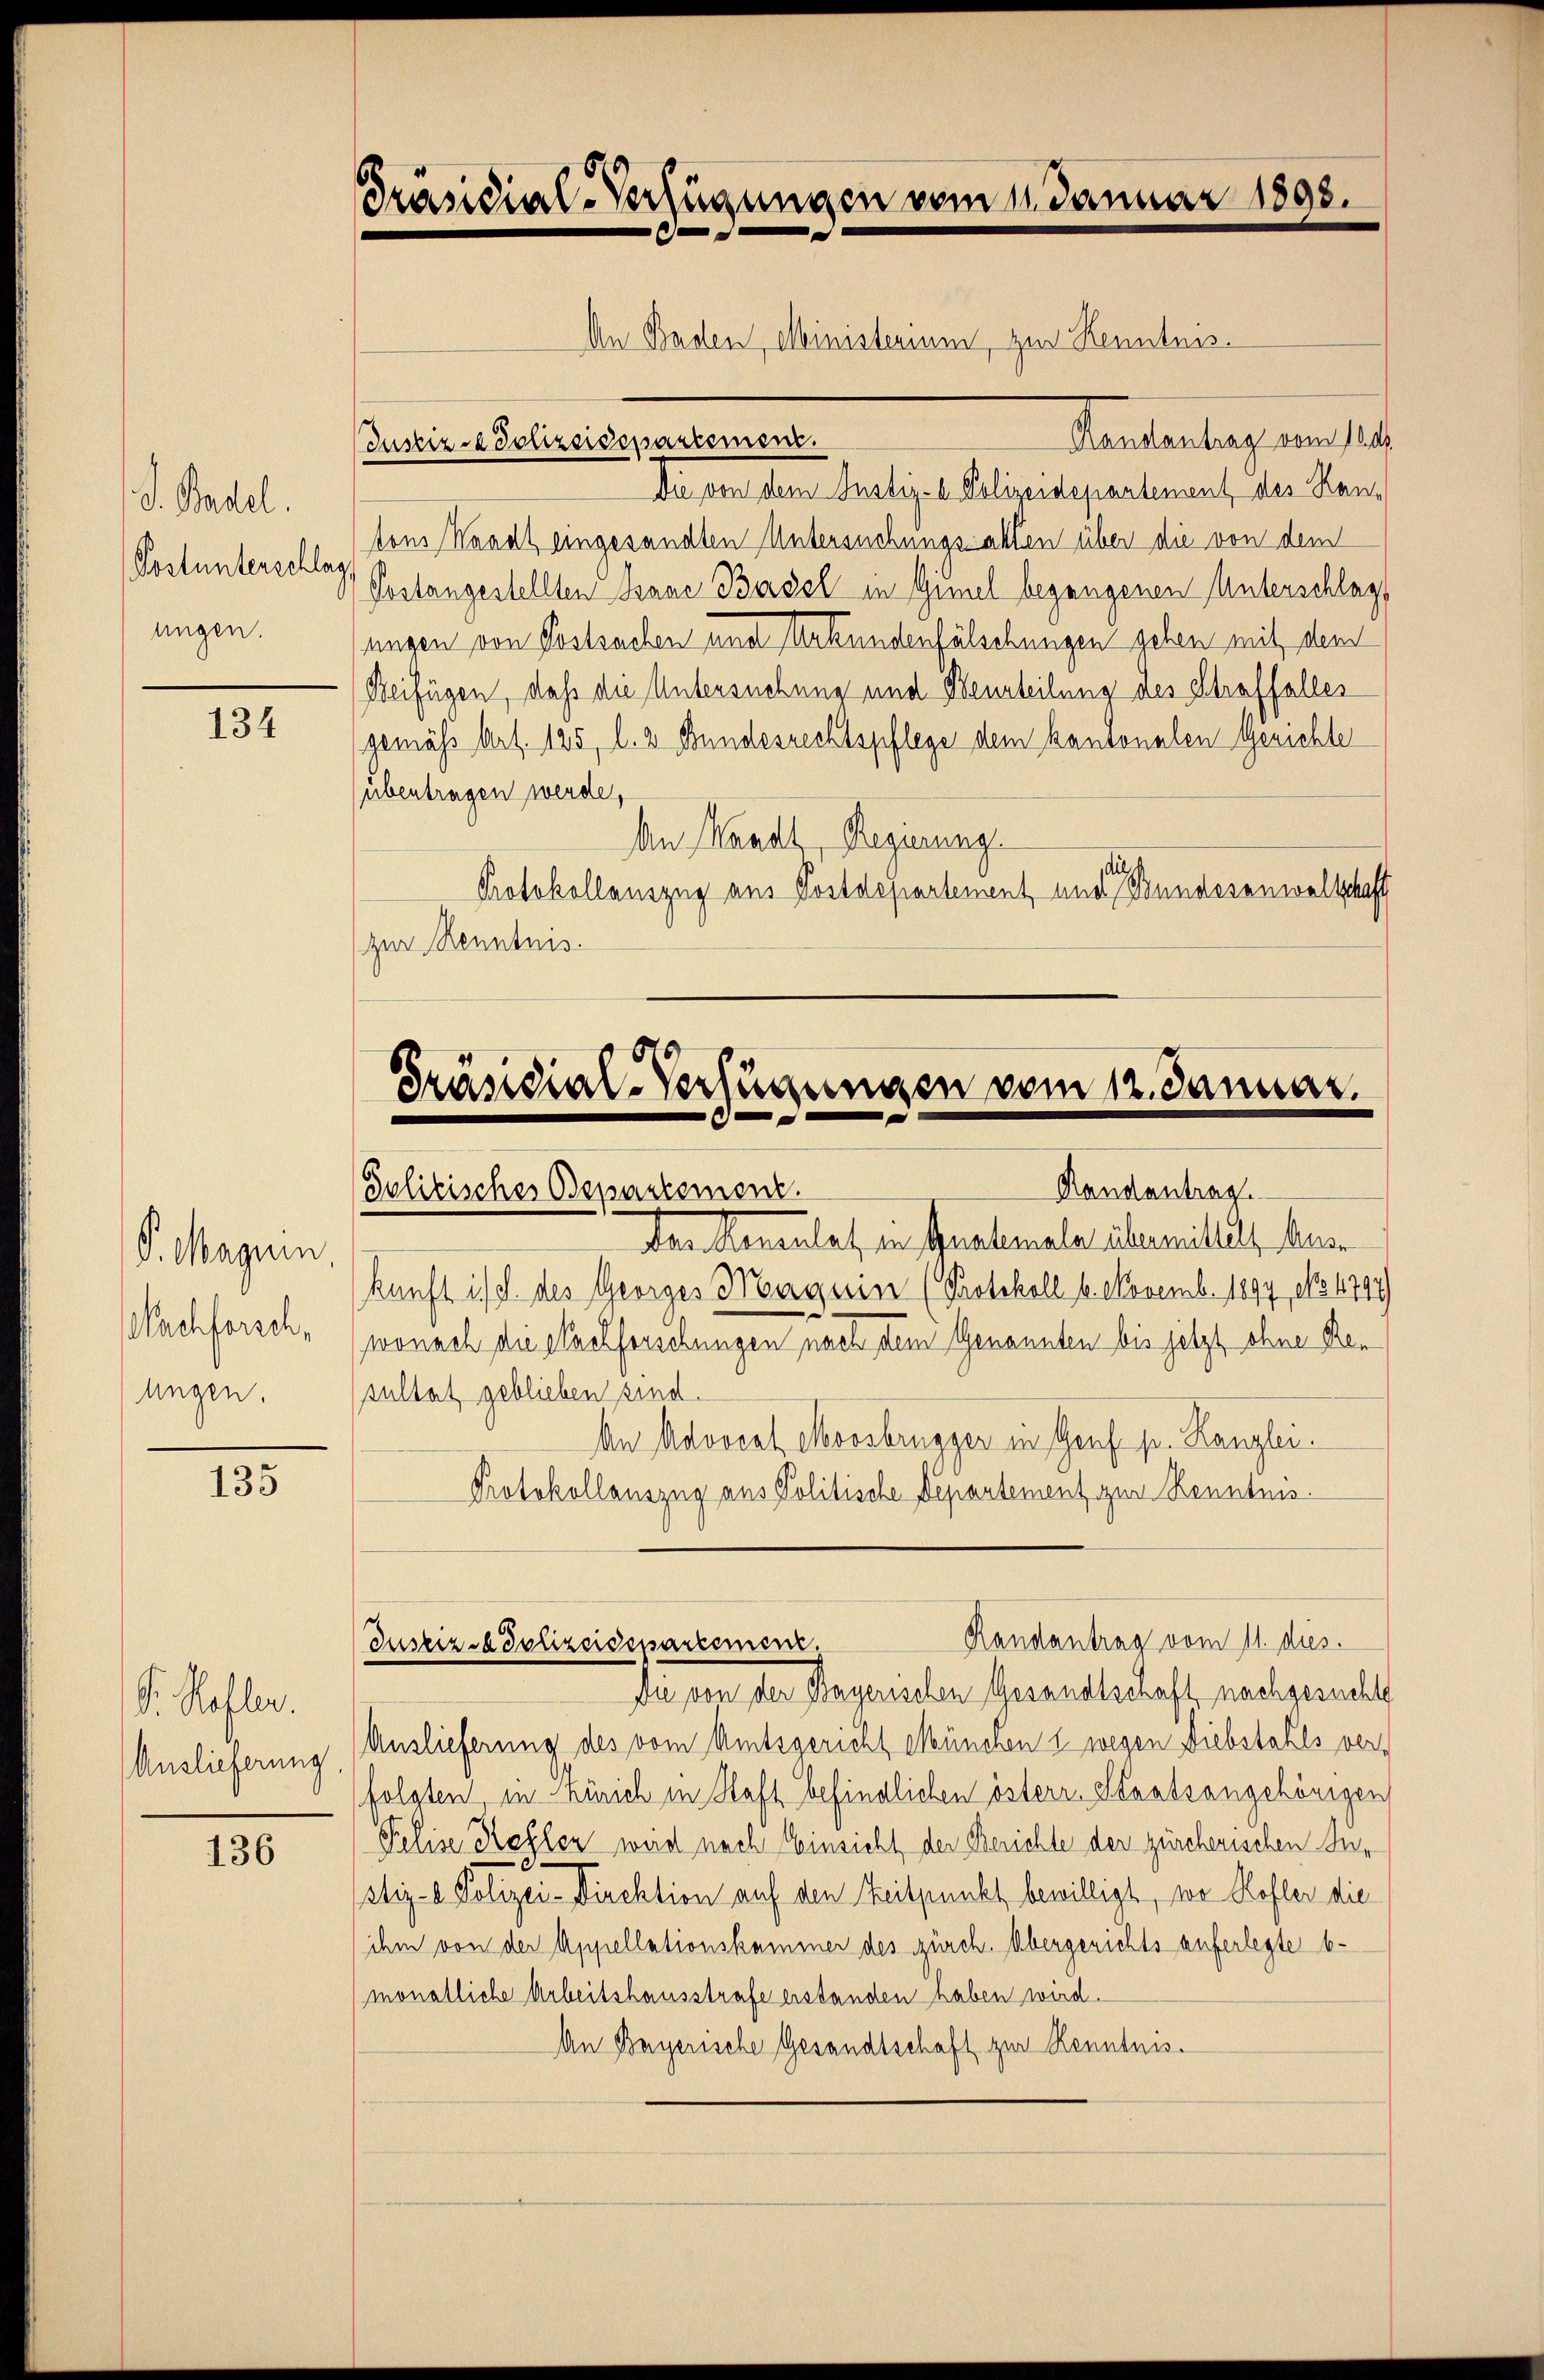
S. Basel.
Postunterschlag
ungen.

134

S. Magnin
Nachforschlingen.

135

S. Hofler.
Auslieferung

136

Präsidial-Verfügungen vom 11. Januar 1898.
An Baden, Ministerium, zur Kenntnis.

Mandantrag vom 120.
Die von dem Justiz- & Polizeidepartement, des Kantons Waadt eingesandten Untersuchungsakten über die von dem
Postangestellten Baue Basel in Gimel begangenen Unterschlags
ungen von Postsachen und Urkundenfälschungen gehen mit dem
Beifügen, daß die Untersuchung und Beurteilung des Straffaller
gemäß Art. 125, l. z. Bundesrechtspflege dem kantonalen Gerichte
übertragen werde,
An Wandl, Regierung
Protokollauszug aus Postdepartement, und Bundesanwaltschaft
zur Kenntnis.

Justiz- & Polizeidepartement.

Präsidial-Verfügungen vom 12. Januar.
Handantrag
Politisches Departement.

Den Manenlat in Guntermaler übermittels heute
kunft ist d. des Georges Margerin (Protokoll 6. Novemb. 1897, No 4794
wonach die Nachforschungen nach dem Genannten bis jetzt ohne Ren
An Advocat Moosbrügger in Genf p. Kanzlei.
Protokollauszug aus Politische Departement zur Kenntnis
di von der Sagerichen Gesandtschaft nachgesucht
Auslieferung des vom Amtsgericht München & wegen Diebstahls verfolgten in Zürich in Haft befindlichen österr. Staatsangehörigen
Pelise Kehler wird nach Einsicht der Berichte der zürcherischen Jur
stiz- & Polizei-Direktion auf den Zeitpunkt bewilligt, wo Kofler die
ihm von der Appellationskammer des zürch. Übergerichts auferlegte b¬
(monatliche Arbeitshausstrafe erstanden haben wird.
An Bayerische Gesandtschaft zur Renntnis.

sultat geblieben sind.

Randantrag vom 11. dies
Justiz - Polizeidepartement